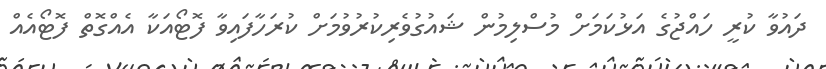
ދައުވާ ކުރީ ހައްޖުގެ އަޅުކަމަށް މުސްލިމުން ޝައުގުވެރިކުރުވުމަށް ކުރަހާފައިވާ ފޮޓޯއަކާ އެއްގޮތް ފޮޓޯއެއް